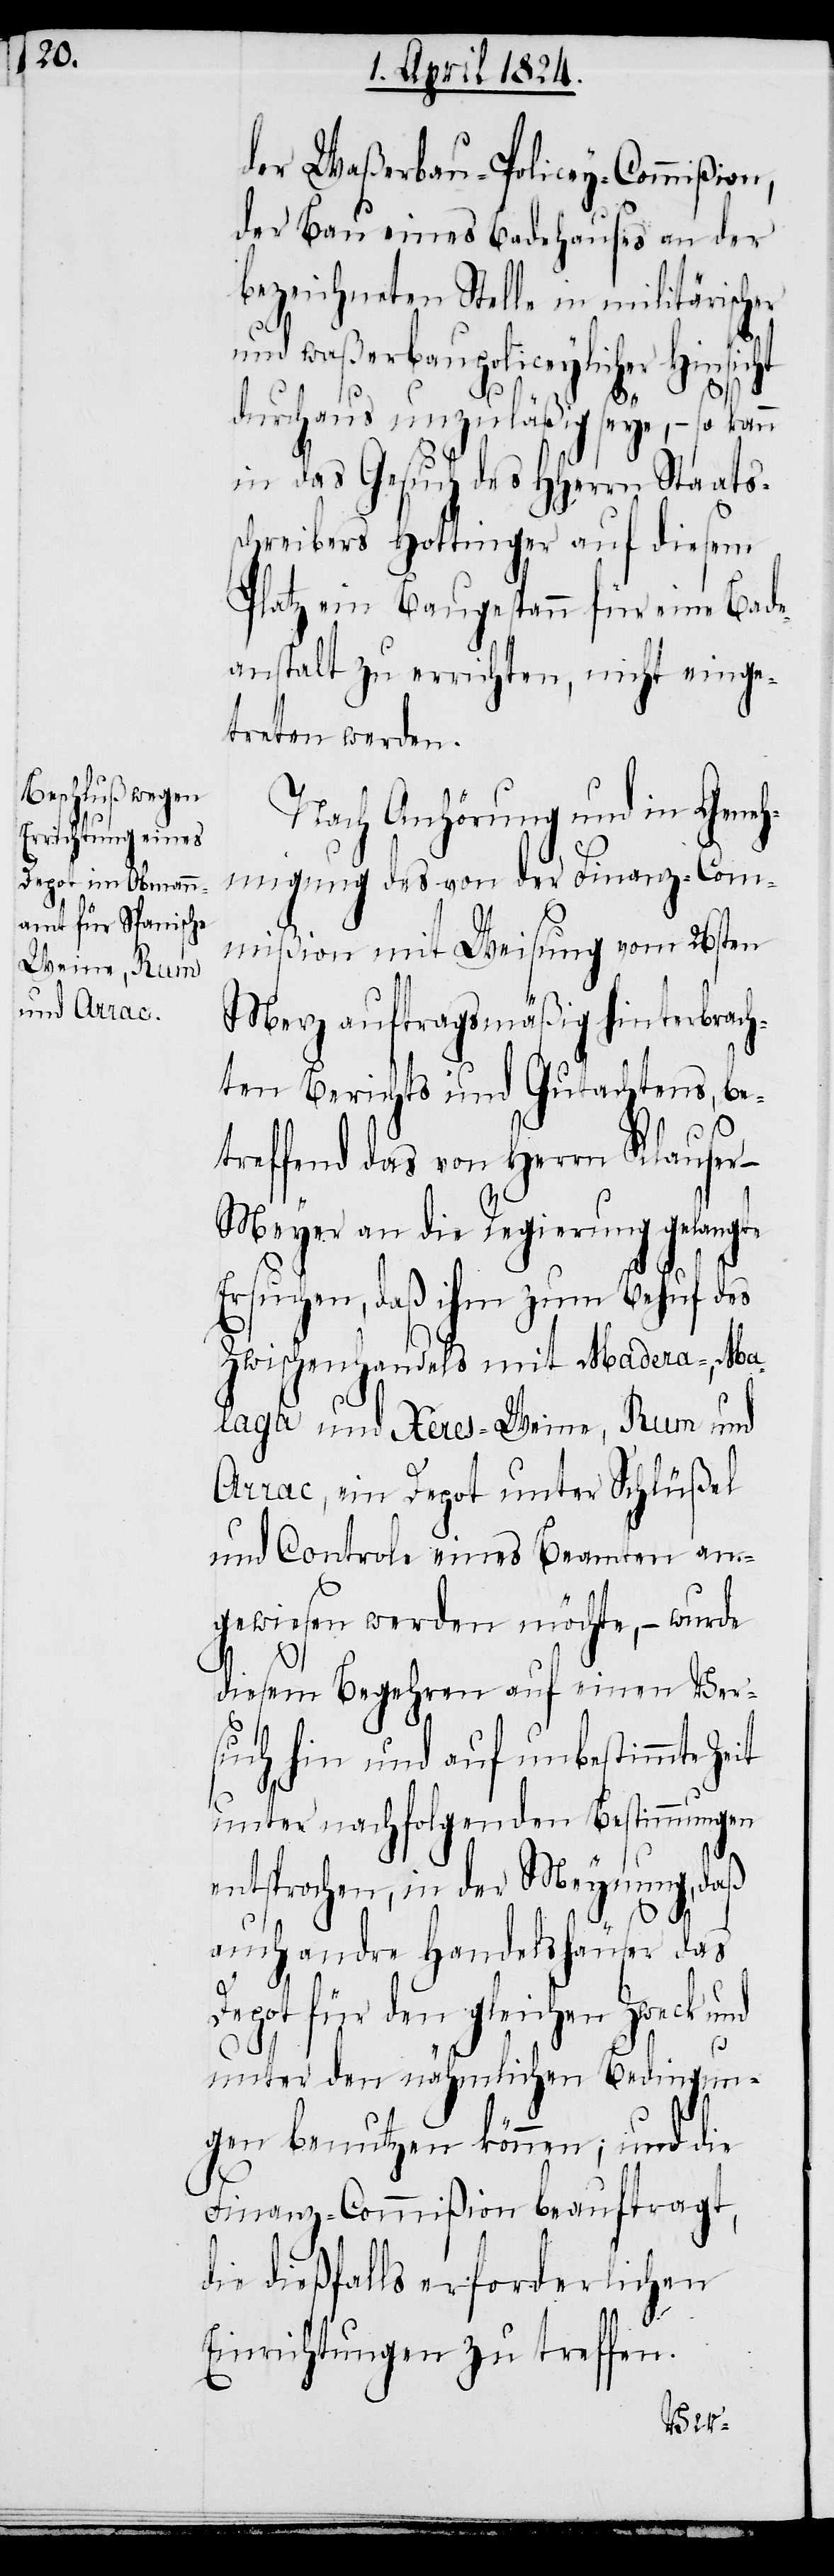
der Waßerbau-Policey-Commißion,
der Bau eines Badehauses an der
bezeichneten Stelle in militärischer
und waßerbaupoliceylicher Hinsicht
durchaus unzuläßig seye, – so
in das Gesuch des HHerrn Staats¬
schreibers Hottinger auf diesem
Platz ein Baugespann für eine Bade¬
anstalt zu errichten, nicht einge¬
treten werden.
Nach Anhörung und in Geneh¬
migung des von der Finanz-Com¬
mißion mit Weisung vom 26sten
Merz auftragsmäßig hinterbrach¬
ten Berichts und Gutachtens, be¬
treffend das von Herrn Klause¬
r-Meyer an die Regierung gelangte
Ersuchen, daß zum Behuf des
Zwischenhandels mit Madera-, Ma¬
laga und Xeres-Weine, Rum und
Arrac, ein Depot unter Schlüßel
und Controle eines Beamten an¬
gewiesen werden möchte, – wurde
diesem Begehren auf einen Ver¬
such hin und auf unbestimmte Zeit
unter nachfolgenden Bestimmungen
entsprochen, in der Meynung, daß
auch andre Handelshäuser das
Depot für den gleichen Zweck
unter den nähmlichen Bedingun¬
gen benutzen können; und die
Finanz-Commißion beauftragt,
die dießfalls erforderlichen
Einrichtungen zu treffen.